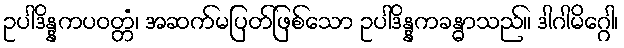
ဥပါဒိန္နကပဝတ္တံ၊ အဆက်မပြတ်ဖြစ်သော ဥပါဒိန္နကခန္ဓာသည်။ ဒါဂါမိဂ္ဂေါ၊